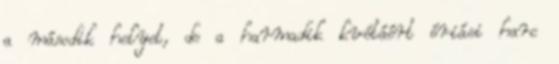
a második helyet, de a harmadik kvótáért óriási harc